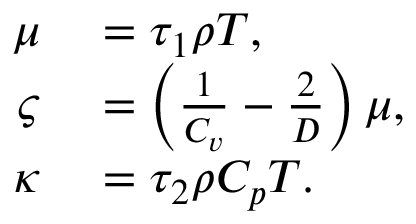
\begin{array} { r l } { \mu } & { { } = \tau _ { 1 } \rho T , } \\ { \varsigma } & { { } = \left( \frac { 1 } { C _ { v } } - \frac { 2 } { D } \right) \mu , } \\ { \kappa } & { { } = \tau _ { 2 } \rho C _ { p } T . } \end{array}